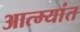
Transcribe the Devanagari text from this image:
आत्म्यांत